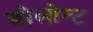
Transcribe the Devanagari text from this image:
वोलोन्ट